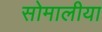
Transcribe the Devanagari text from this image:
सोमालीया